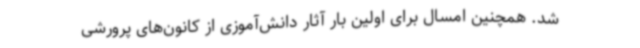
شد. همچنین امسال برای اولین بار آثار دانش‌آموزی از کانون‌های پرورشی